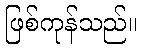
ဖြစ်ကုန်သည်။